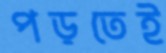
পড়তেই